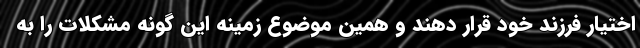
اختیار فرزند خود قرار دهند و همین موضوع زمینه این گونه مشکلات را به